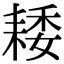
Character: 𦓽